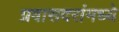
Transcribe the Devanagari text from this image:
प्रवासदरांमध्ये